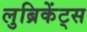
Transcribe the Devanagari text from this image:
लुब्रिकेंट्स